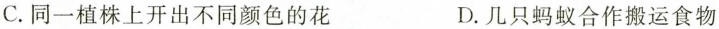
C.同一植株上开出不同颜色的花 D.几只蚂蚁合作搬运食物